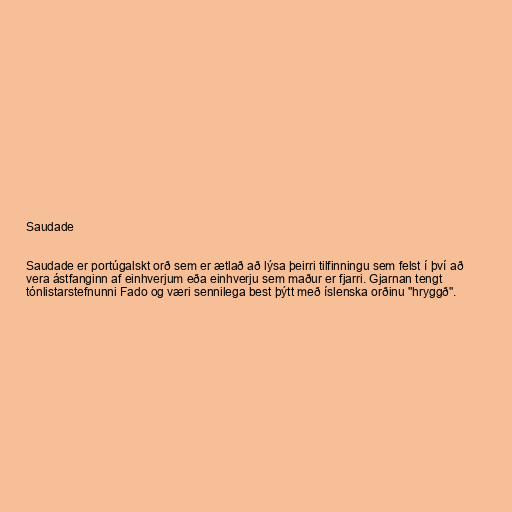
Saudade

Saudade er portúgalskt orð sem er ætlað að lýsa þeirri tilfinningu sem felst í því að
vera ástfanginn af einhverjum eða einhverju sem maður er fjarri. Gjarnan tengt
tónlistarstefnunni Fado og væri sennilega best þýtt með íslenska orðinu "hryggð".